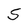
Character: S